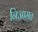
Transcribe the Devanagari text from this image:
निआमत